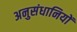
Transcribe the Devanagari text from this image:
अनुसंधानियों